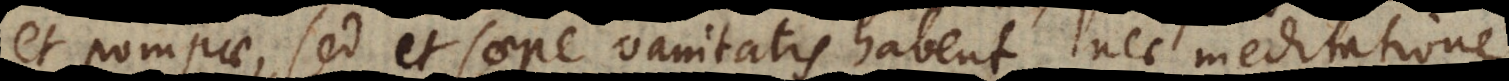
et pompae, sed et saepe vanitatis habent, nec meditatione